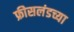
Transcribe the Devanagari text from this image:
फ्रीसलंडच्या